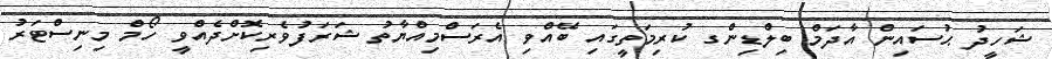
ޝަހީދު ޙުސައިން އާދަމް ބިލްޑިންގ ކުރިމަތީގައި ބޭއްވި އެރަސްމިއްޔާތު ޝަރަފުވެރިކޮށްދެއްވީ ހޯމް މިނިސްޓަރު